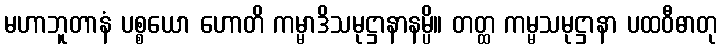
မဟာဘူတာနံ ပစ္စယော ဟောတိ ကမ္မာဒိသမုဋ္ဌာနာနမ္ပိ။ တတ္ထ ကမ္မသမုဋ္ဌာနာ ပထဝီဓာတု